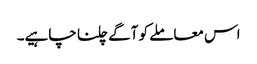
اس معاملے کو آگے چلنا چاہیے۔